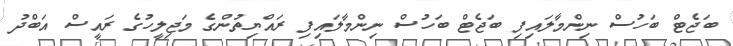
ބަޖެޓް ބަހުސް ނިންމާލައިފި ބަޖެޓް ބަހުސް ނިންމާލައިފި ރައްޔިތުންގެ މަޖިލީހުގެ ރައީސް އަބްދު